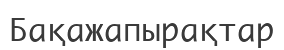
Бақажапырақтар